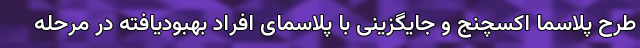
طرح پلاسما اکسچنج و جایگزینی با پلاسمای افراد بهبودیافته در مرحله